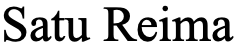
Satu Reima